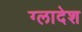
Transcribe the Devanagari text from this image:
ग्लादेश